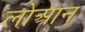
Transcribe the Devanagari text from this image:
लोआन